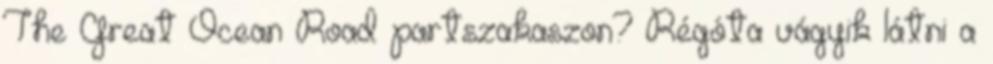
The Great Ocean Road partszakaszon? Régóta vágyik látni a